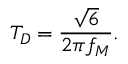
T _ { D } = { \frac { \sqrt { 6 } } { 2 \pi f _ { M } } } .